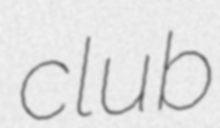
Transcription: club